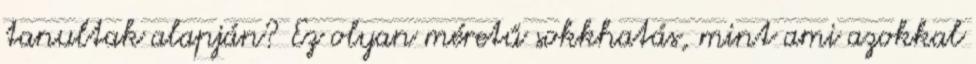
tanultak alapján? Ez olyan méretű sokkhatás, mint ami azokkal